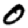
Digit: 0